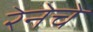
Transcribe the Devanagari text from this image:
रेनेचे